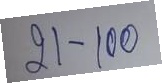
21 - 100